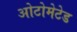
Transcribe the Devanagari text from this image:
ओटोमेटेड